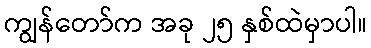
ကျွန်တော်က အခု ၂၅ နှစ်ထဲမှာပါ။